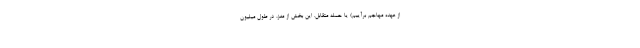
از عهده مهاجم برآییم) یا حمله متقابل. این بخش از مغز، در طول میلیون